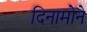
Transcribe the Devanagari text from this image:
दिनामोने